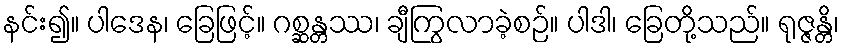
နင်း၍။ ပါဒေန၊ ခြေဖြင့်။ ဂစ္ဆန္တဿ၊ ချီကြွလာခဲ့စဉ်။ ပါဒါ၊ ခြေတို့သည်။ ရုဇ္ဇန္တိ၊